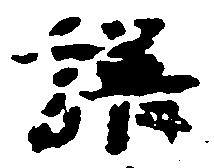
譜